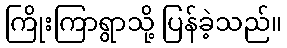
ကြိုးကြာရွာသို့ ပြန်ခဲ့သည်။